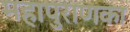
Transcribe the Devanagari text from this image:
महापुराणका